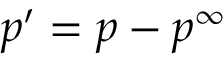
p ^ { \prime } = p - p ^ { \infty }